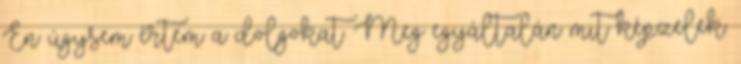
Én úgysem értem a dolgokat. Meg egyáltalán mit képzelek.